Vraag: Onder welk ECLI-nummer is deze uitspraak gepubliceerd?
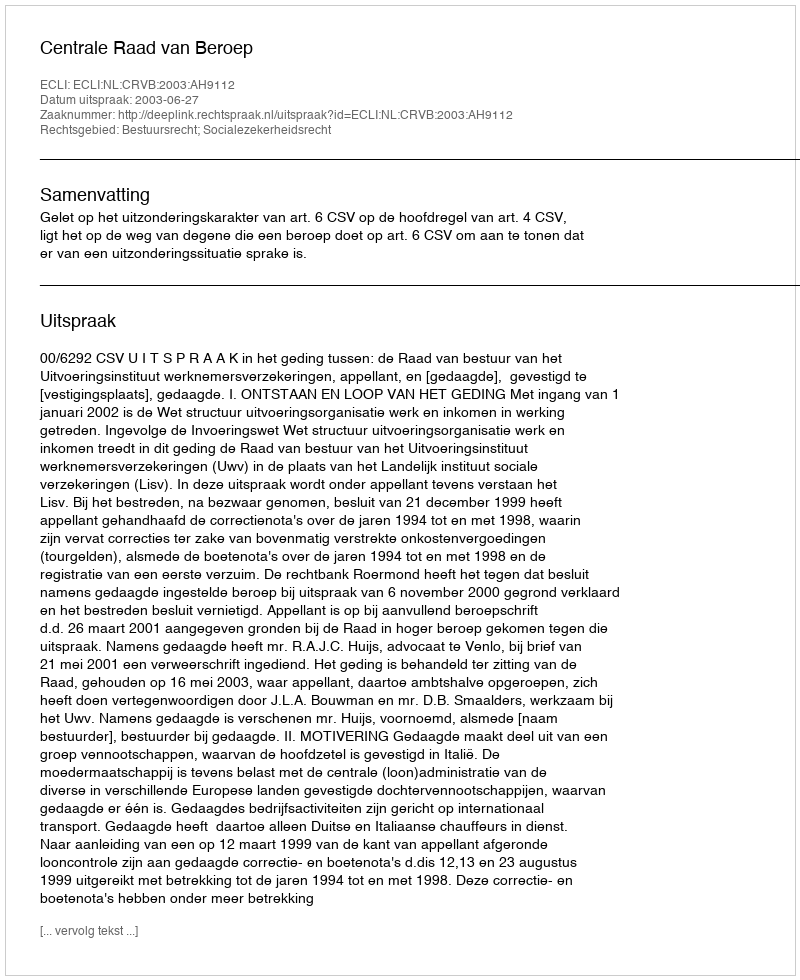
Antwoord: ECLI:NL:CRVB:2003:AH9112